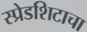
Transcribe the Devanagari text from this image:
स्प्रेडशिटाचा